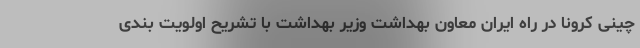
چینی کرونا در راه ایران معاون بهداشت وزیر بهداشت با تشریح اولویت بندی